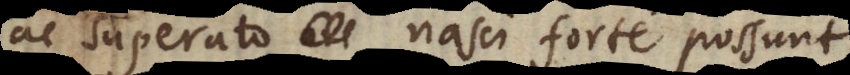
ac superato nasci forte possunt.